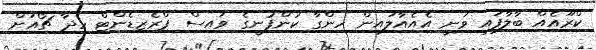
ކްރޫއެއް ބާލާފައި ވަނީ އެއެއާލައިން ހިންގާ ކުންފުނީގެ ވައިސް ޕްރެޒިޑެންޓް ހެދާ ޗޯއަށް